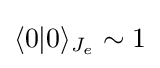
\langle 0|0\rangle _{J_{e}}\sim 1